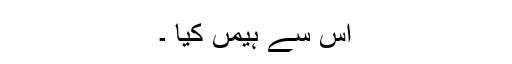
اس سے ہیمں کیا ۔